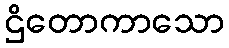
ဌိတောကာသော